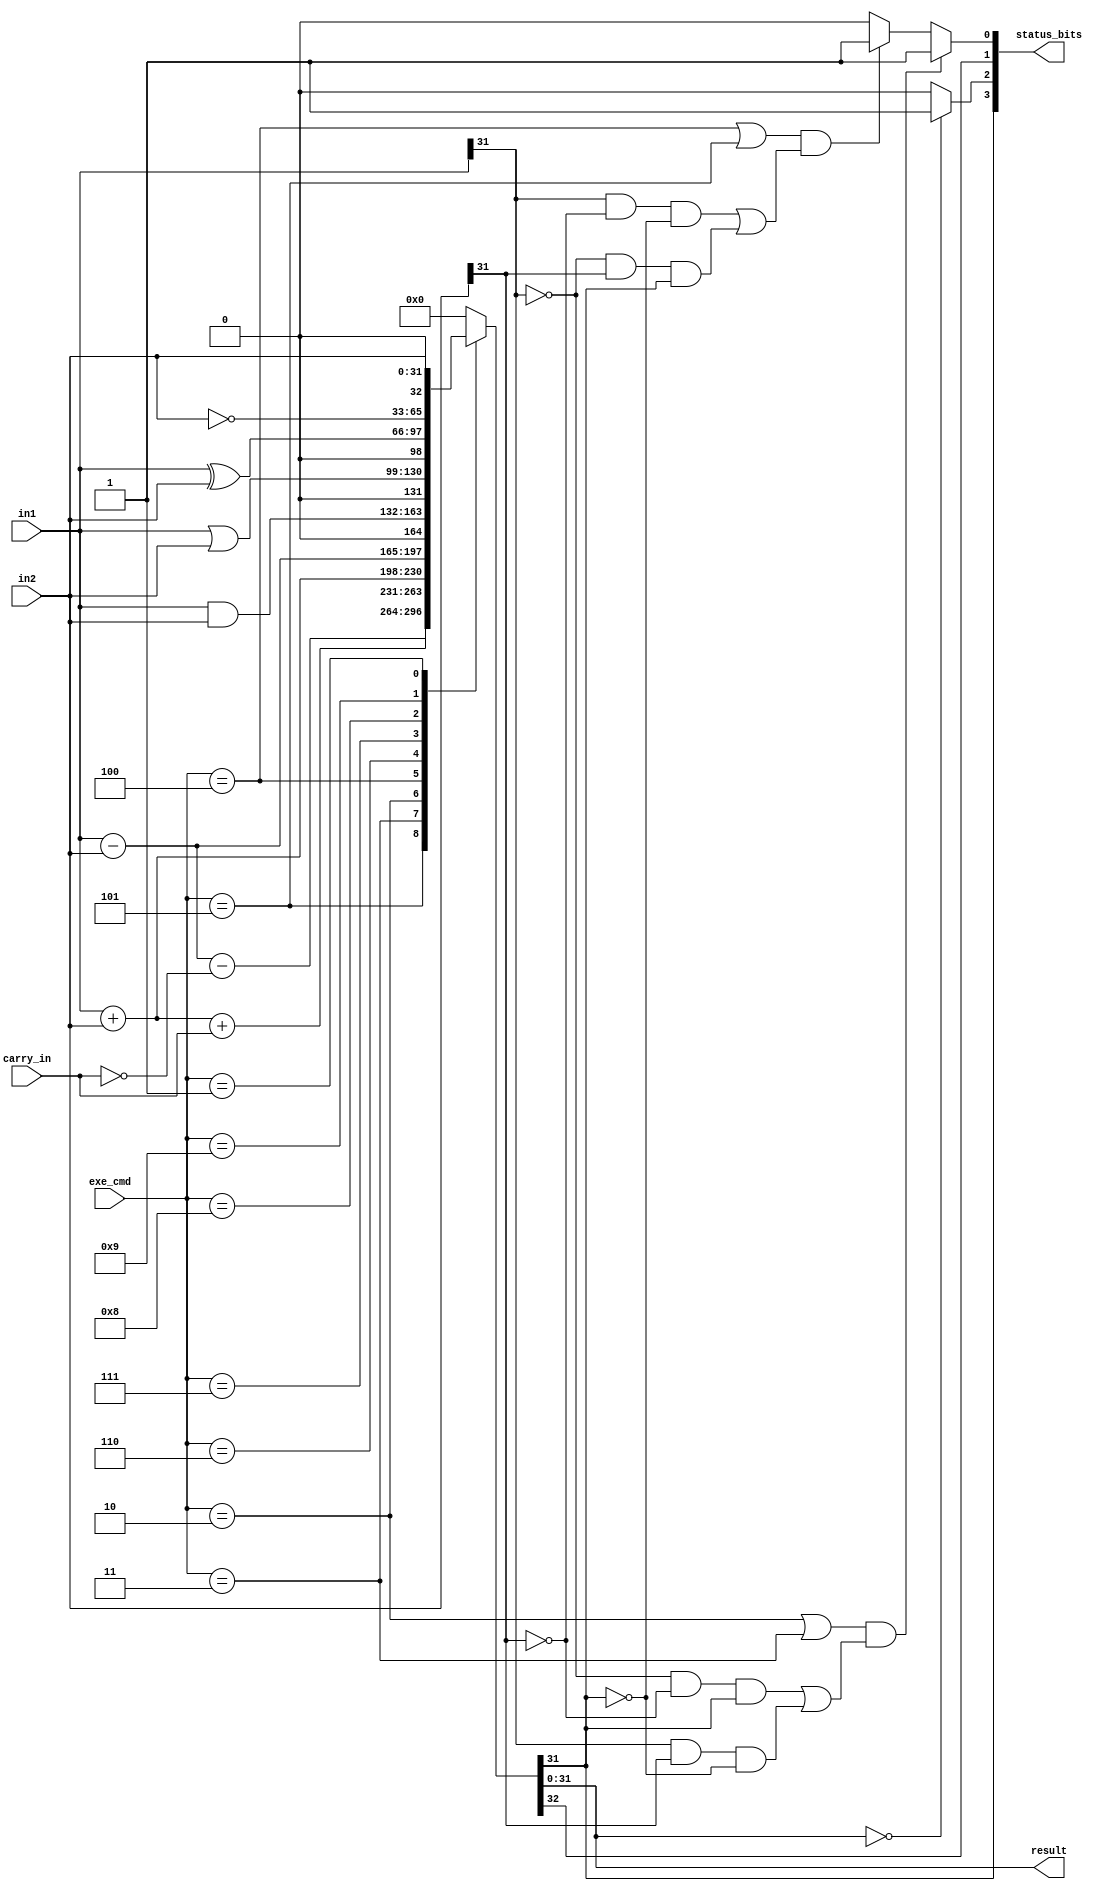
module ALU (
    in1, in2, 
    carry_in,
    exe_cmd,
    status_bits,
    result
);
    input [31:0] in1, in2;
    input carry_in;
    input [3:0] exe_cmd;
    output [3:0] status_bits;
    output reg [31:0] result;

    wire N, Z, V;
    reg C;
    wire [32:0] x1,x2,x3,x4,x5,x6,x7,x8,x9;

    always @(exe_cmd, in1, in2, carry_in) begin
        case(exe_cmd)
            4'b0101: {C, result} = x1;    //SBC
            4'b0011: {C, result} = x2;    //ADC
            4'b0010: {C, result} = x3;    //ADD, LDR, STR
            4'b0100: {C, result} = x4;    //SUB, CMP
            4'b0110: {C, result} = x5;    //AND, TST
            4'b0111: {C, result} = x6;    //ORR
            4'b1000: {C, result} = x7;    //EOR
            4'b1001: {C, result} = x8;    //MVN
            4'b0001: {C, result} = x9;    //MOV
            default: {C, result} = 32'b0;
        endcase
    end

    assign x1 = (in1 - in2 - {31'b0, ~carry_in});
    assign x2 = (in1 + in2 + carry_in);
    assign x3 = (in1 + in2);
    assign x4 = (in1 - in2);
    assign x5 = (in1 & in2);
    assign x6 = (in1 | in2);
    assign x7 = (in1 ^ in2);
    assign x8 = (~in2);
    assign x9 = (in2);

    assign N = result[31];
    assign Z = (result == 32'b0) ? 1'b1 : 1'b0;
    assign V = (  (exe_cmd == 4'b0010 | exe_cmd == 4'b0011)  &  ( ((~in1[31])&(~in2[31])&result[31]) | (in1[31]&in2[31]&(~result[31])) )  ) ? 1'b1:
               (  (exe_cmd == 4'b0100 | exe_cmd == 4'b0101)  &  ( (in1[31]&(~in2[31])&(~result[31])) | ((~in1[31])&in2[31]&result[31]) )  ) ? 1'b1:
                1'b0;
               
    assign status_bits = {N, Z, C, V};

endmodule